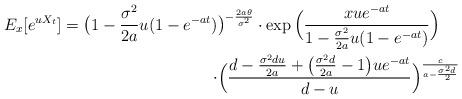
LaTeX: \begin{align*}E_x[e^{uX_t}]=\big(1-\frac{\sigma^2}{2a}u(1-e^{-at})&\big)^{-\frac{2a\theta}{\sigma^2}} \cdot \exp \Big (\frac{xue^{-at}}{1-\frac{\sigma^2}{2a}u(1-e^{-at})} \Big) \\\cdot & \Big (\frac{d-\frac{\sigma^2du}{2a}+\big(\frac{\sigma^2d}{2a}-1\big)ue^{-at}}{d-u}\Big )^{\frac{c}{a-\frac{\sigma^2d}{2}}} \end{align*}